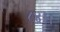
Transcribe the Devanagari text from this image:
८४।।